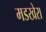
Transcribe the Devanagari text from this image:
मडखेरा